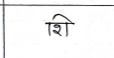
मजकूर: शि